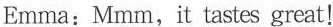
Emma: Mmm, it tastes great!